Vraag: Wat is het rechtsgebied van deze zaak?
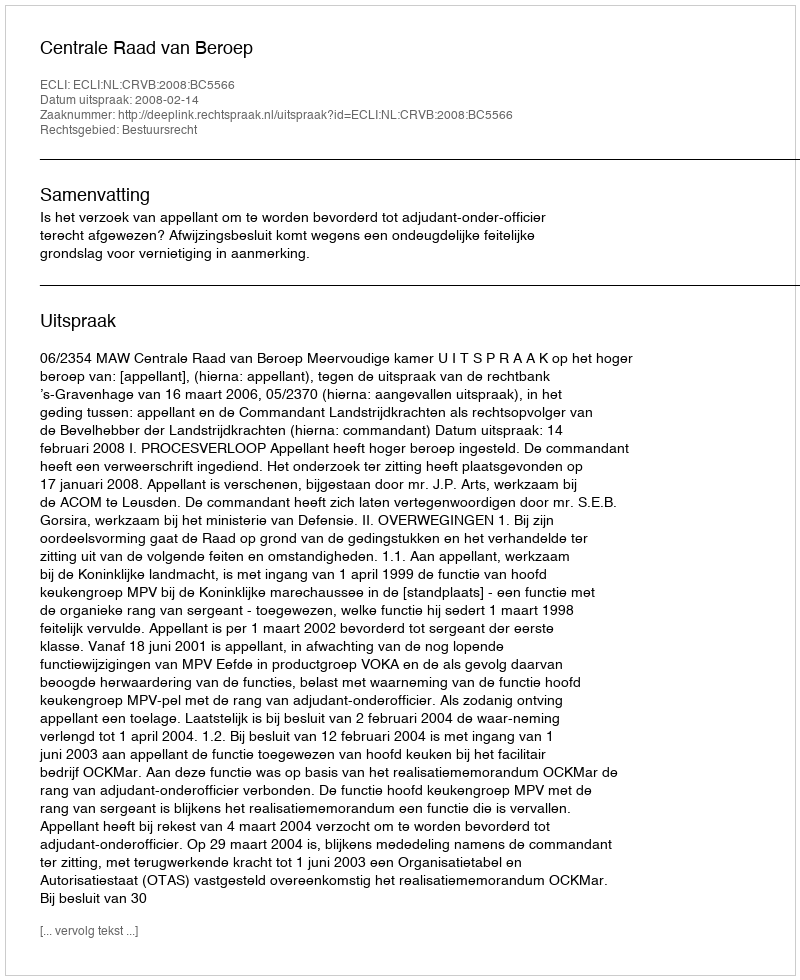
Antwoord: Bestuursrecht